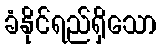
ခံနိုင်ရည်ရှိသော